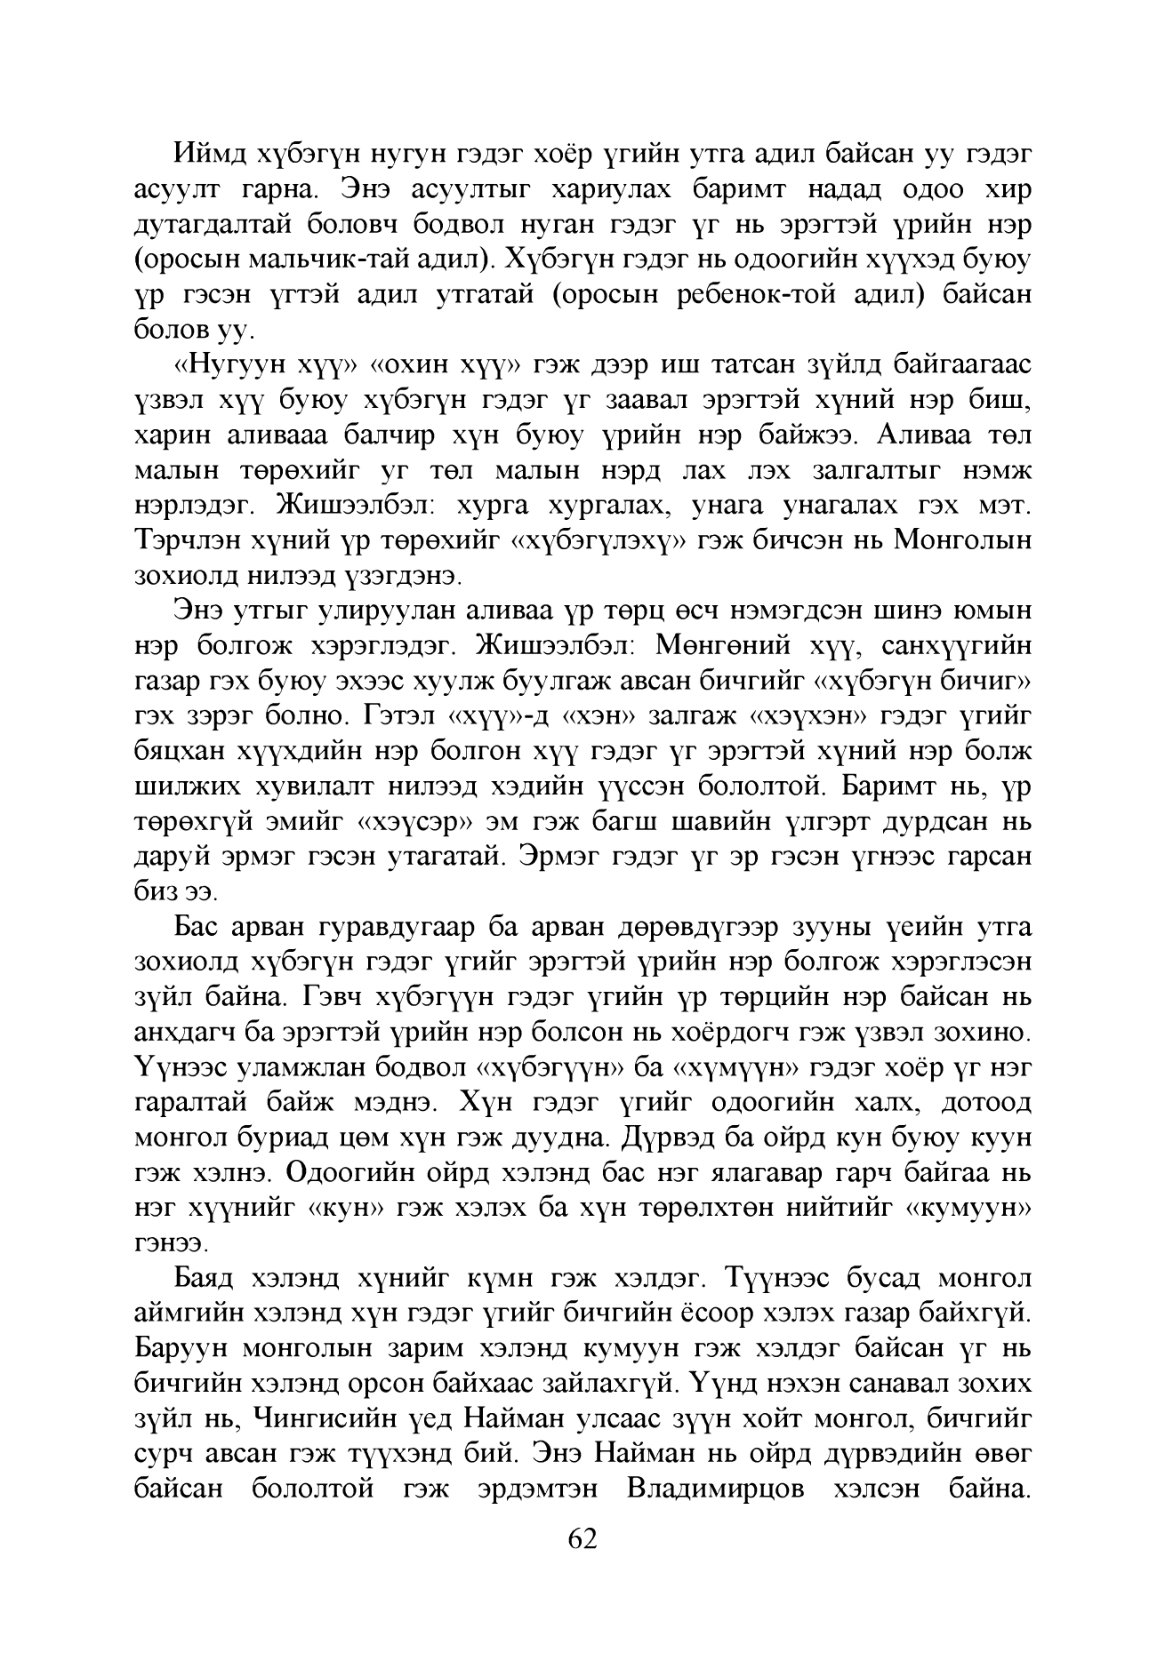
Language: mn